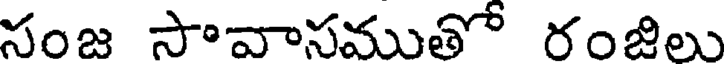
సంజ సావాసముతో రంజిలు